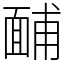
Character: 䩉